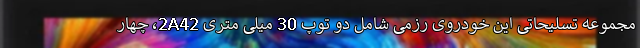
مجموعه تسلیحاتی این خودروی رزمی شامل دو توپ 30 میلی متری 2A42، چهار